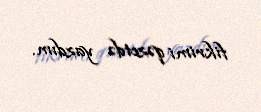
fikrimi qəzetdə yazdım.